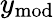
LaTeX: y_{\mathrm{{mod}}}